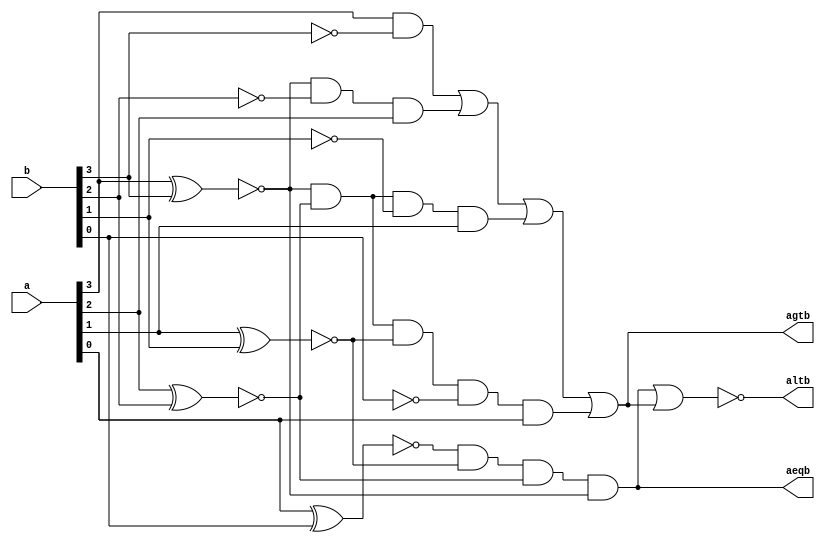
module magnitude_comparator (
    input [3:0] a,b,

    output aeqb, agtb, altb
);

    
    wire x0 , x1 , x2 , x3;

    assign x3 = ~(a[3] ^ b [3]);
    assign x2 = ~(a[2] ^ b [2]);
    assign x1 = ~(a[1] ^ b [1]);
    assign x0 = ~(a[0] ^ b [0]);

    assign aeqb = x0 & x1 & x2 & x3;

    
    assign agtb = (a[3] & (~b[3])) | ( x3 & (~b[2]) & a[2]) | ( x3 & x2 & (~b[1]) & a[1] ) | (x3 & x2 & x1 & (~b[0]) & a[0]);

    assign altb = ~( aeqb | agtb);
    
endmodule